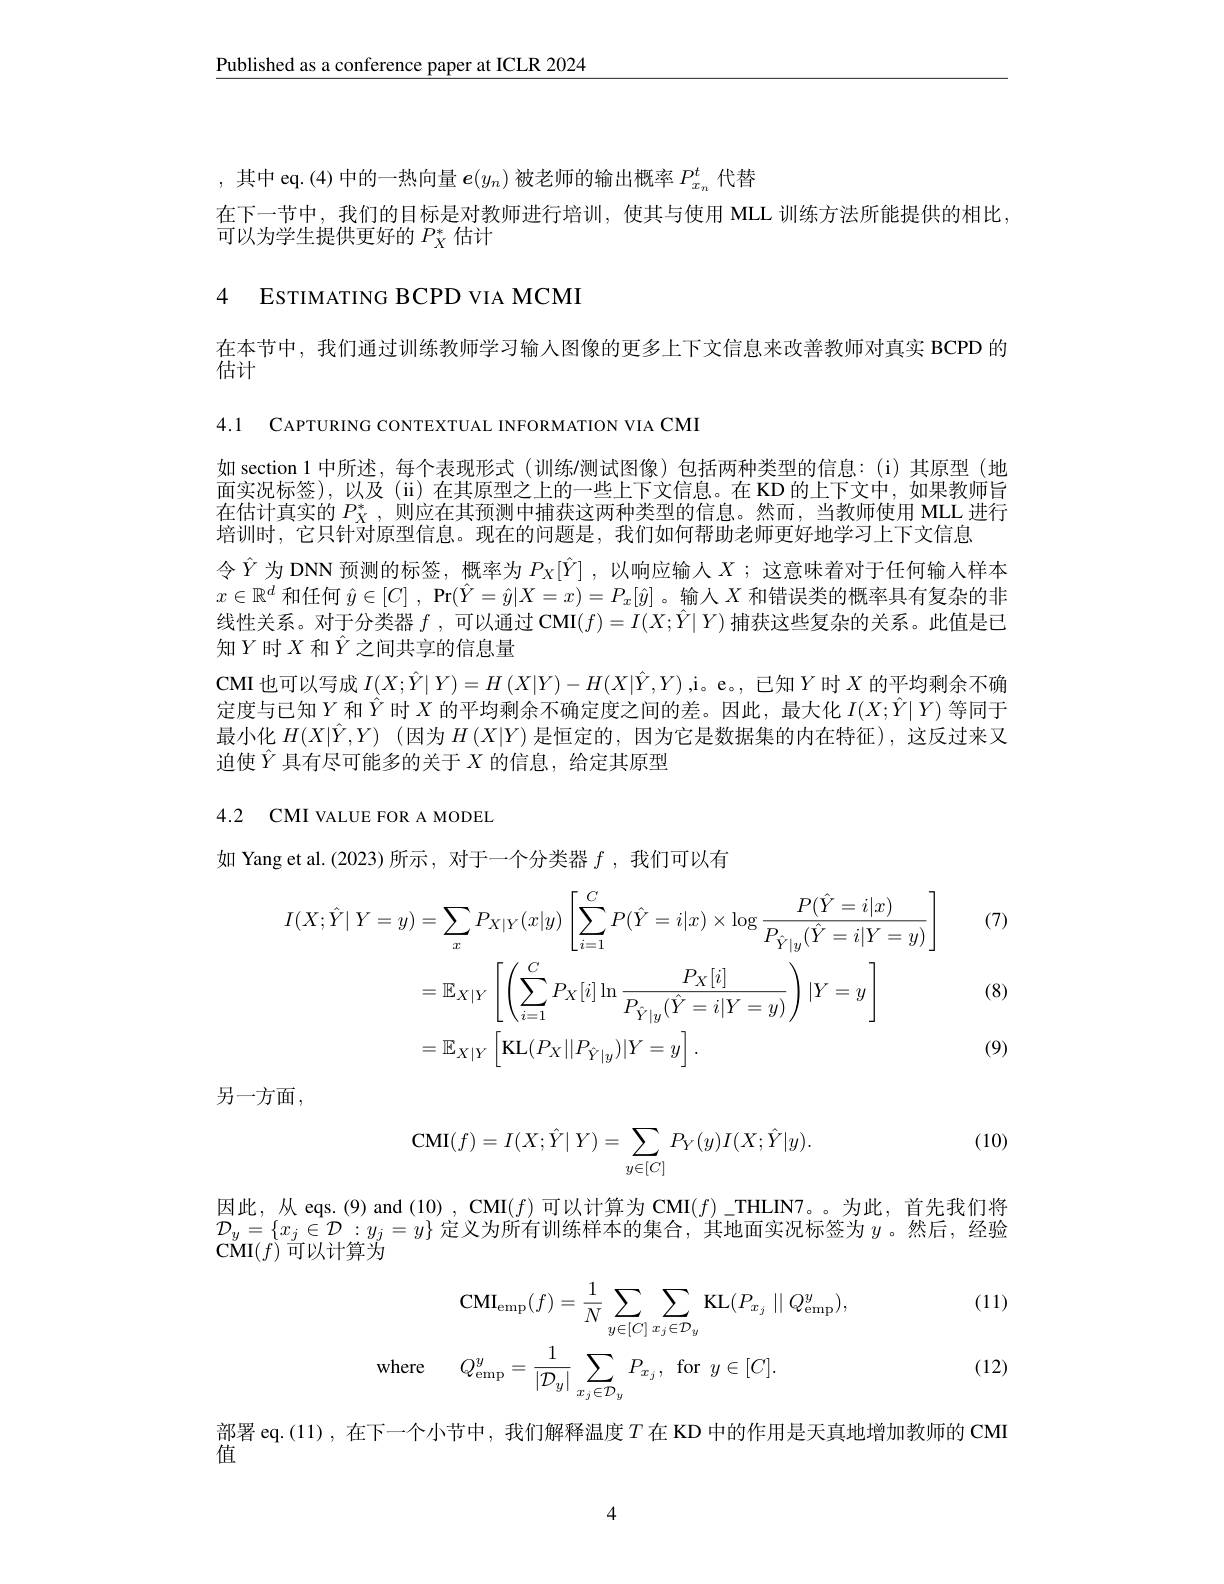
$\underline{\text{Published as a conference paper at ICLR 2024}}$

,其中 eq.(4)中的一热向量$\boldsymbol{e}(y_n)$被老师的输出概率$P_x_n^t$代替
在下一节中，我们的目标是对教师进行培训，使其与使用 MLL 训练方法所能提供的相比，
可以为学生提供更好的$P_X^*$估计

# 4 EsTIMATING BCPD VIA MCMI

在本节中，我们通过训练教师学习输入图像的更多上下文信息来改善教师对真实 BCPD 的
$\bar{\text{估计}}$

4.1 CAPTURING CONTEXTUAL INFORMATION VIA CMI

如 section 1 中所述，每个表现形式 (训练/测试图像)包括两种类型的信息：(i)其原型(地面实况标签),以及(ii)在其原型之上的一些上下文信息。在 KD 的上下文中，如果教师旨在估计真实的$P_X^*$,则应在其预测中捕获这两种类型的信息。然而，当教师使用 MLL 进行培训时，它只针对原型信息。现在的问题是，我们如何帮助老师更好地学习上下文信息
令$\hat{Y}$为 DNN 预测的标签，概率为$P_X[\hat{Y}]$ ,以响应输人$X$ ;这意味着对于任何输人样本$x\in\mathbb{R}^d$和任何$\hat{y} \in [ C]$ , $\Pr ( \hat{Y} = \hat{y} | X= x) = P_x[ \hat{y} ]$。输人$X$和错误类的概率具有复杂的非线性关系。对于分类器$f$ ,可以通过 CMI$(f)=I(X;\hat{Y}|Y)$捕获这些复杂的关系。此值是已知$Y$时$X$ 和$\hat{Y}$之间共享的信息量
CMI 也可以写成$I(X;\hat{Y}|Y)=H\left(X|Y\right)-H(X|\hat{Y},Y)$ ,i。e。, 已知$Y$时$X$的平均剩余不确定度与已知$Y$和$\hat{Y}$时$X$的平均剩余不确定度之间的差。因此，最大化$I(X;\hat{Y}|Y)$等同于最小化$H(X|\hat{Y},Y)$ (因为$H\left(X|Y\right)$是恒定的，因为它是数据集的内在特征),这反过来又迫使$\hat{Y}$具有尽可能多的关于$X$的信息，给定其原型

## 4.2 CMI VALUE FOR A MODEL

如 Yang et al.(2023)所示，对于一个分类器$f$ ,我们可以有

(7)
$$\begin{aligned}I(X;\hat{Y}|\:Y=y)&=\sum_{x}P_{X|Y}(x|y)\left[\sum_{i=1}^{C}P(\hat{Y}=i|x)\times\log\frac{P(\hat{Y}=i|x)}{P_{\hat{Y}|y}(\hat{Y}=i|Y=y)}\right]\\&=\mathbb{E}_{X|Y}\left[\left(\sum_{i=1}^{C}P_{X}[i]\ln\frac{P_{X}[i]}{P_{\hat{Y}|y}(\hat{Y}=i|Y=y)}\right)|Y=y\right]\\&=\mathbb{E}_{X|Y}\left[\mathrm{KL}(P_{X}||P_{\hat{Y}|y})|Y=y\right].\end{aligned}$$
(8)

(9)

另一方面，

(10)
$$\mathbf{CMI}(f)=I(X;\hat{Y}|\:Y)=\sum_{y\in[C]}P_{Y}(y)I(X;\hat{Y}|y).$$
因此，从 eqs. (9) and (10) , CMI(f) 可以计算为 CMI(f)\_THLIN7。。为此，首先我们将$\mathcal{D}_{y}=\{x_{j}\in\mathcal{D}:y_{j}=y\}$ 定义为所有训练样本的集合，其地面实况标签为$y$。然后，经验CMI$( f)$可以计算为

(11)
$$\mathrm{CMI}_{\mathrm{emp}}(f)=\frac{1}{N}\sum_{y\in[C]}\sum_{x_{j}\in\mathcal{D}_{y}}\mathrm{KL}(P_{x_{j}}\mid\mid Q_{\mathrm{emp}}^{y}),\\\mathrm{where}\quad Q_{\mathrm{emp}}^{y}=\frac{1}{|\mathcal{D}_{y}|}\sum_{x_{j}\in\mathcal{D}_{y}}P_{x_{j}},\:\mathrm{for}\:y\in[C].$$
(12)

部署 eq.(11) , 在下一个小节中，我们解释温度$T$ 在 KD 中的作用是天真地增加教师的 CMI

值

4